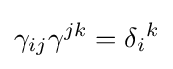
\gamma _{ij}\gamma ^{jk}=\delta _{i}{}^{k}